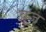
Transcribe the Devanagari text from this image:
वूज